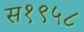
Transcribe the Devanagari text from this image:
स१९५८